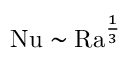
\mathrm { { N u } } \sim \mathrm { { R a } } ^ { \frac 1 3 }